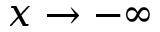
x \to - \infty